Report on sanitation, dispensaries, and jails in Rajputana for 1921, and on vaccination for the year 1921-1922 - 1921-1922
Year: 1921
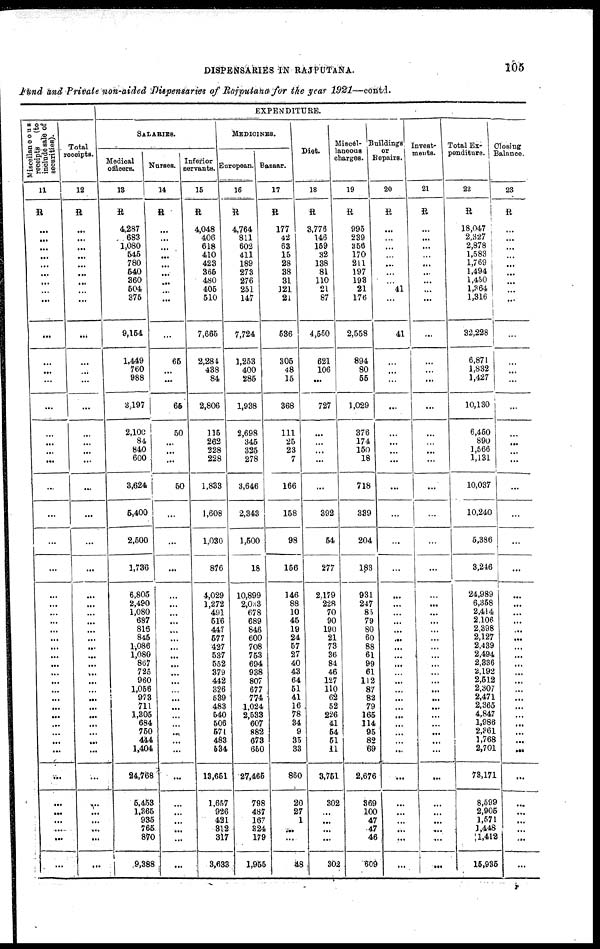
DISPENSARIES IN RAJPUTANA.
105
Fund and Private non-aided Dispensaries of Rajputana for the year 1921—contd.
EXPENDITURE.
Miscellaneous
receipts (to
include sale of
securities).
11
R
...
...
...
...
...
...
...
...
...
...
...
...
...
...
...
...
...
...
...
...
...
...
...
...
...
...
...
...
...
...
...
...
...
...
...
...
...
...
...
...
...
...
...
...
...
...
...
...
Total
receipts.
12
R
...
...
...
...
...
...
...
...
...
...
...
...
...
...
...
...
...
...
...
...
...
...
...
...
...
...
...
...
...
...
...
...
...
...
...
...
...
...
...
...
...
...
...
...
...
...
...
...
SALARIES.
Medical
officers.
13
R
4,287
683
1,080
545
780
540
360
504
375
9,154
1,449
760
988
3,197
2,100
84
840
600
3,624
5,400
2,500
1,736
6,805
2,490
1,080
687
816
845
1,086
1,080
867
725
960
1,056
973
711
1,305
684
750
444
1,404
24,768
5,453
1,365
935
765
870
9,388
Nurses.
14
R
...
...
...
...
...
...
...
...
...
...
65
...
...
65
50
...
...
...
50
...
...
...
...
...
...
...
...
...
...
...
...
...
...
...
...
...
...
...
...
...
...
...
...
...
...
...
...
...
Inferior
servants.
15
R
4,048
406
618
410
423
365
480
405
510
7,665
2,284
438
84
2,806
135
262
228
228
1,833
1,608
1,030
876
4,029
1,272
491
516
447
577
427
537
552
379
442
326
539
483
540
506
571
483
534
13,651
1,657
926
421
312
317
3,633
MEDICINES.
European.
16
R
4,764
811
602
411
189
273
276
251
147
7,724
1,253
400
285
1,938
2,698
345
325
278
3,646
2,343
1,500
18
10,899
2,033
678
689
846
600
708
753
694
938
807
677
774
1,024
2,533
607
882
673
650
27,465
798
487
167
324
179
1,955
Bazaar.
17
R
177
42
63
15
28
38
31
121
21
536
305
48
15
368
111
25
23
7
166
158
98
156
146
88
10
45
19
24
57
27
40
43
64
51
41
16
78
34
9
35
33
860
20
27
1
...
...
48
Diet.
18
R
3,776
146
159
32
138
81
110
21
87
4,550
621
106
...
727
...
...
...
...
...
392
54
277
2,179
228
70
90
190
21
73
36
84
46
127
110
62
52
226
41
54
51
11
3,751
302
...
...
...
...
302
Miscel-
laneous
charges.
19
R
995
239
356
170
211
197
193
21
176
2,558
894
80
55
1,029
376
174
150
18
718
339
204
183
931
247
85
79
80
60
88
61
99
61
112
87
82
79
165
114
95
82
69
2,676
369
100
47
47
46
609
Buildings
or
Repairs.
20
R
...
...
...
...
...
...
...
41
...
41
...
...
...
...
...
...
...
...
...
...
...
...
...
...
...
...
...
...
...
...
...
...
...
...
...
...
...
...
...
...
...
...
...
...
...
...
...
....
Invest-
ments.
21
R
...
...
...
...
...
...
...
...
...
...
...
...
...
...
...
...
...
...
...
...
...
...
...
...
...
...
...
...
...
...
...
...
...
...
...
...
...
...
...
...
...
...
...
...
...
...
...
...
Total Ex-
penditure.
22
R
18,047
2,327
2,878
1,583
1,769
1,494
1,450
1,364
1,316
32,228
6,871
1,832
1,427
10,130
6,450
890
1,566
1,131
10,037
10,240
5,386
3,246
24,989
6,358
2,414
2,106
2,398
2,127
2,439
2,494
2,336
2,192
2,512
2,307
2,471
2,365
4,847
1,986
2,361
1,768
2,701
73,171
8,599
2,905
1,571
1,448
1,412
15,935
Closing
Balance.
23
R
...
...
...
...
...
...
...
...
...
...
...
...
...
...
...
...
...
...
...
...
...
...
...
...
...
...
...
...
...
...
...
...
...
...
...
...
...
...
...
...
...
...
...
...
...
...
...
...
P